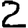
Digit: 2